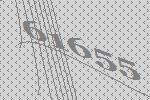
61655